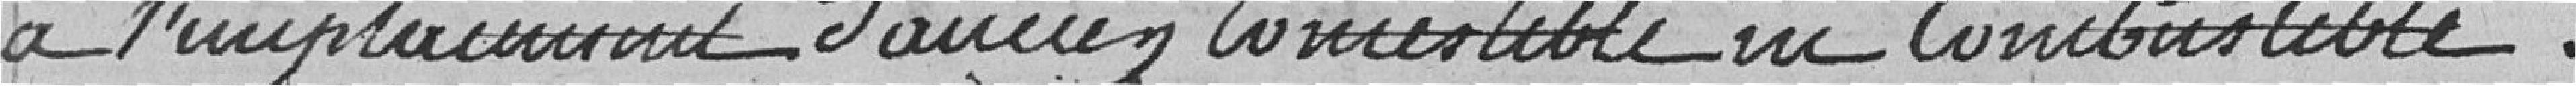
à l'emplacement d'aucun comestible ou combustible .